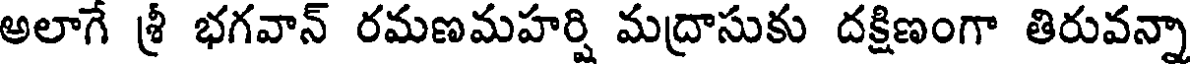
అలాగే శ్రీ భగవాన్ రమణమహర్షి మద్రాసుకు దక్షిణంగా తిరువన్నా